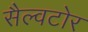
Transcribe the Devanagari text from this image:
सैल्वटोर